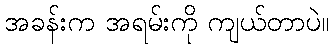
အခန်းက အရမ်းကို ကျယ်တာပဲ။